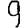
Digit: 9